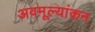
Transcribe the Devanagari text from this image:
अवमूल्यांकन